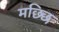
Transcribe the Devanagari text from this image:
मछ्छि